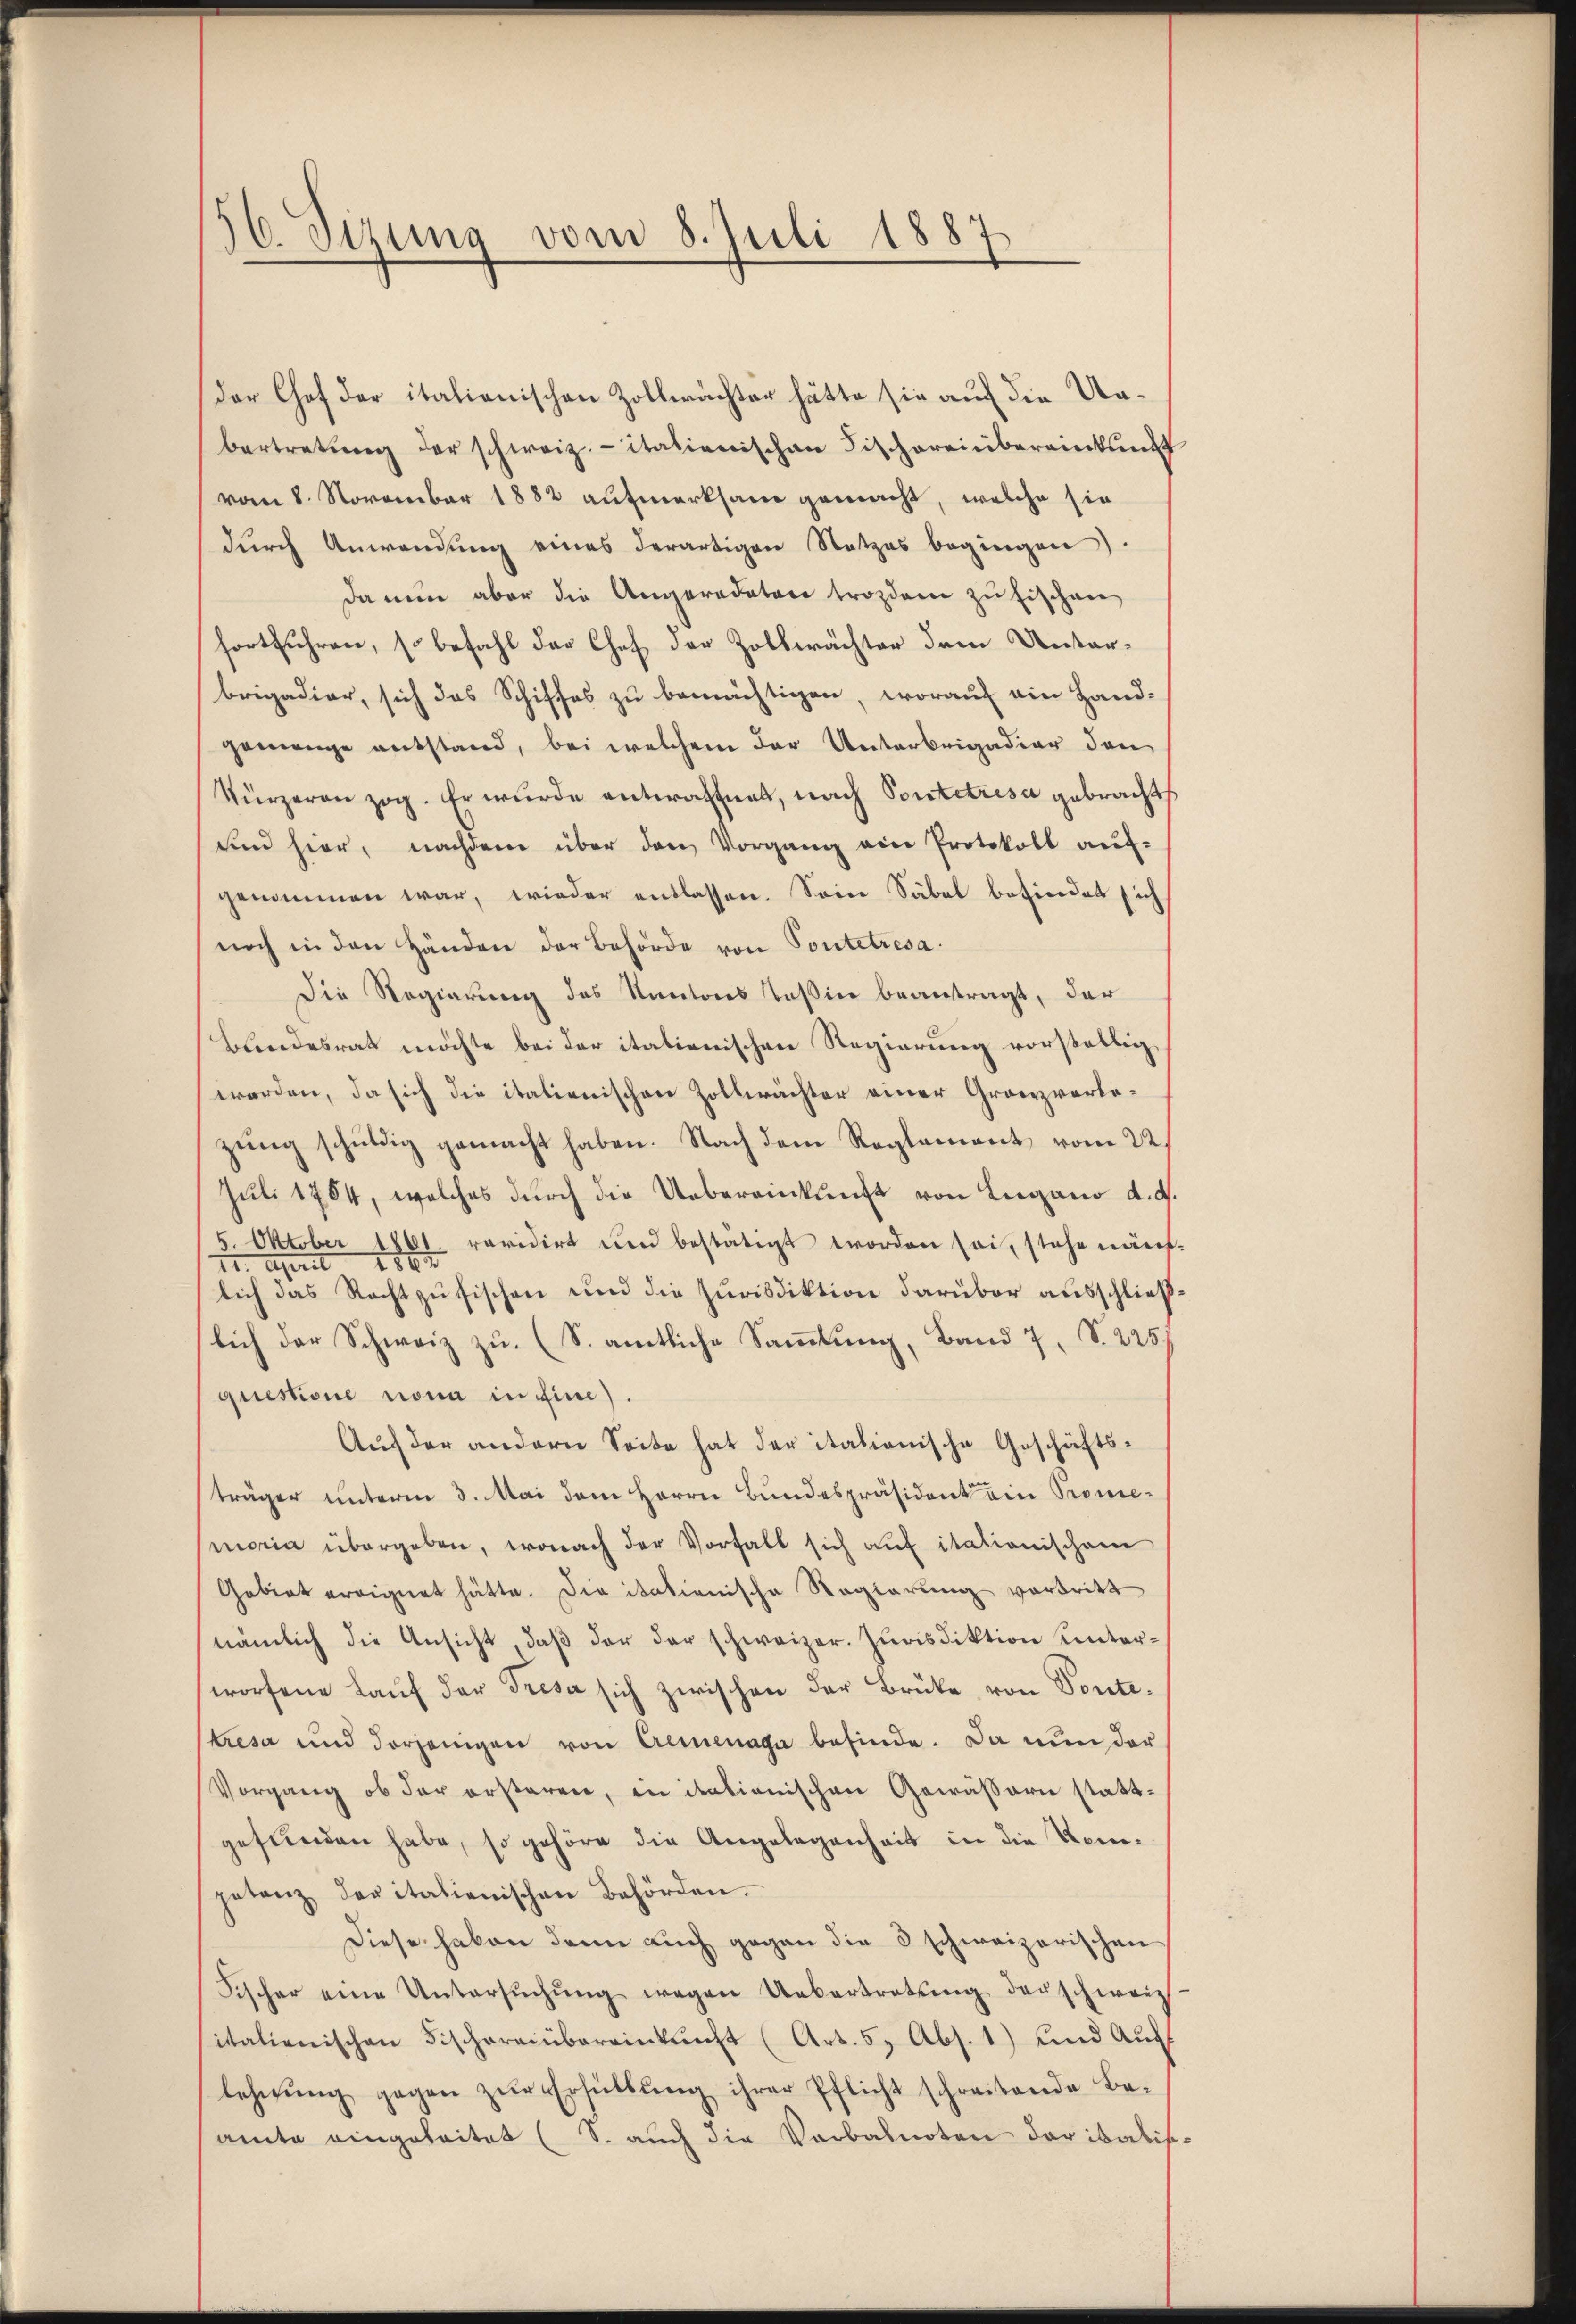
56. Sizung vom 8. Juli 1887

der Chef der italionischen Zollwächter hätte sie auf die Unbertretŭng der schweiz. italienischen Fischereinbereinkunft
vom 8. November 1882 aufmerksam gemacht, welche sie
durch Anwendung eines derartigen Netzes begingen
da nun aber die Angeradatore trozdem zu fischen
fortführen, so befahl der Chef der Zollwächter dem Unterbrigadier, sich das Schiffes zu bemächtigen, worauf ein Hand-
gemenge entstand, bei welchem der Unterbrigadior den
Kürzeren zog. Er wurde entwaffnet, nach Pontetrisa gebracht,
und hier, nachdem über den Vorgang ein Protokoll auf-
genommen war, wieder entlassen. Sein Säbel befindet sich
noch in den Händen der Behörde von Pontetresa
Die Regierung des Kantons Teßin beantragt, der
Bundesrath möchte bei der italienischen Regierung vorställig,
worden, da sich die italienischen Zollwächter einer Granzverlezung schuldig gemacht haben. Nach dem Reglement vom 22.
Juli 1784, welches durch die Uebereinkunft von Lugano d. d.
5. Oktober 1861. revidirt und bestätigt worden sei, stehe näch
12. April 1884.
lich das Rechtzufischen und die Jurisdiktion darüber ausschließlich der Schweiz zu. (S. amtliche Sammlung, Band 7, S. 225.
questione non in Eine).
Auf der andern Seite hat der italienische Geschäftsträger unterm 3. Mai dem Herrn Bundespräsident ein Promemoria übergeben, wonach der Vorfall sich auf italionischem
Gebiet ereignet hätte. Die itationische Regierung vortritt
nämlich die Ansicht, daß der der schweizer. Jurisdiktion unterworfene Lauf der Tresa sich zwischen der Brüke von Sontetresa und derjenigen von Cremenage befinde. Da nun der
Vorgang ob der ersteren, in italienischen Gewäßern stattgefunden habe, so gehöre die Angelegenheit in die Komgetanz der italienischen Behörden.
Diese haben dann auch gegen die 3 schweizerischen
Fischer eine Untersŭchŭng wegen Uebertretŭng der schweiz
italienischen Fischereinbereinkunft (Art. 5, Abs. 1) und Auff
lehnŭng gegen zŭr Erfüllŭng ihrer Pflicht schreibende Be-
amte eingeleitet (S. auch die Verbalnoten der italisc